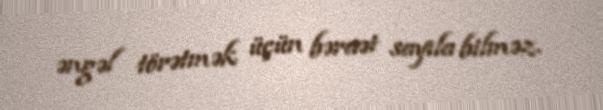
əngəl törətmək üçün bəraət sayıla bilməz.